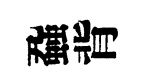
蝨背